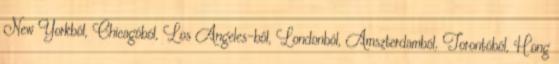
New Yorkból, Chicagóból, Los Angeles-ből, Londonból, Amszterdamból, Torontóból, Hong